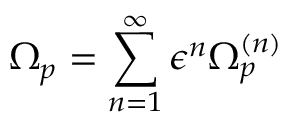
\Omega _ { p } = \sum _ { n = 1 } ^ { \infty } \epsilon ^ { n } \Omega _ { p } ^ { ( n ) }